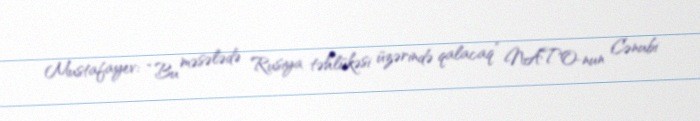
Mustafayev: “Bu məsələdə Rusiya təhlükəsi üzərində qalacaq” NATO-nun Cənubi